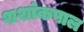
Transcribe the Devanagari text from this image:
शशांकपाल